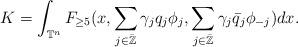
LaTeX: \begin{align*}K=\int_{\mathbb{T}^n}F_{\geq5}(x,\sum_{j\in\bar{\mathbb{Z}}}\gamma_jq_j\phi_j,\sum_{j\in\bar{\mathbb{Z}}}\gamma_j\bar{q}_j\phi_{-j})dx.\end{align*}